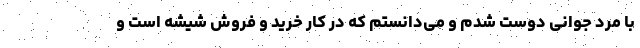
با مرد جوانی دوست شدم و می‌دانستم که در کار خرید و فروش شیشه است و